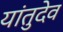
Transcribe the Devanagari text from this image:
यांतुदेव